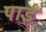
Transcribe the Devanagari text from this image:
पाईंं